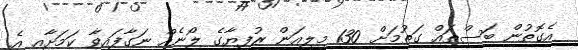
އެގޮތުން ބަސްތައް ގަތުމަށް 130 މިލިއަން ރުފިޔާގެ ލޯނެއް ނަގާފައިވާ ކަމަށާއި އެ